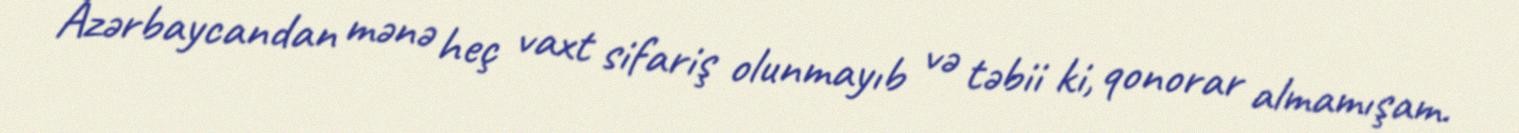
Azərbaycandan mənə heç vaxt sifariş olunmayıb və təbii ki, qonorar almamışam.